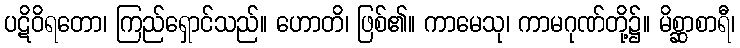
ပဋိဝိရတော၊ ကြည်ရှောင်သည်။ ဟောတိ၊ ဖြစ်၏။ ကာမေသု၊ ကာမဂုဏ်တို့၌။ မိစ္ဆာစာရီ၊